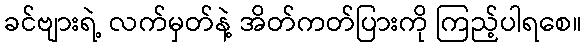
ခင်ဗျားရဲ့ လက်မှတ်နဲ့ အိတ်ကတ်ပြားကို ကြည့်ပါရစေ။